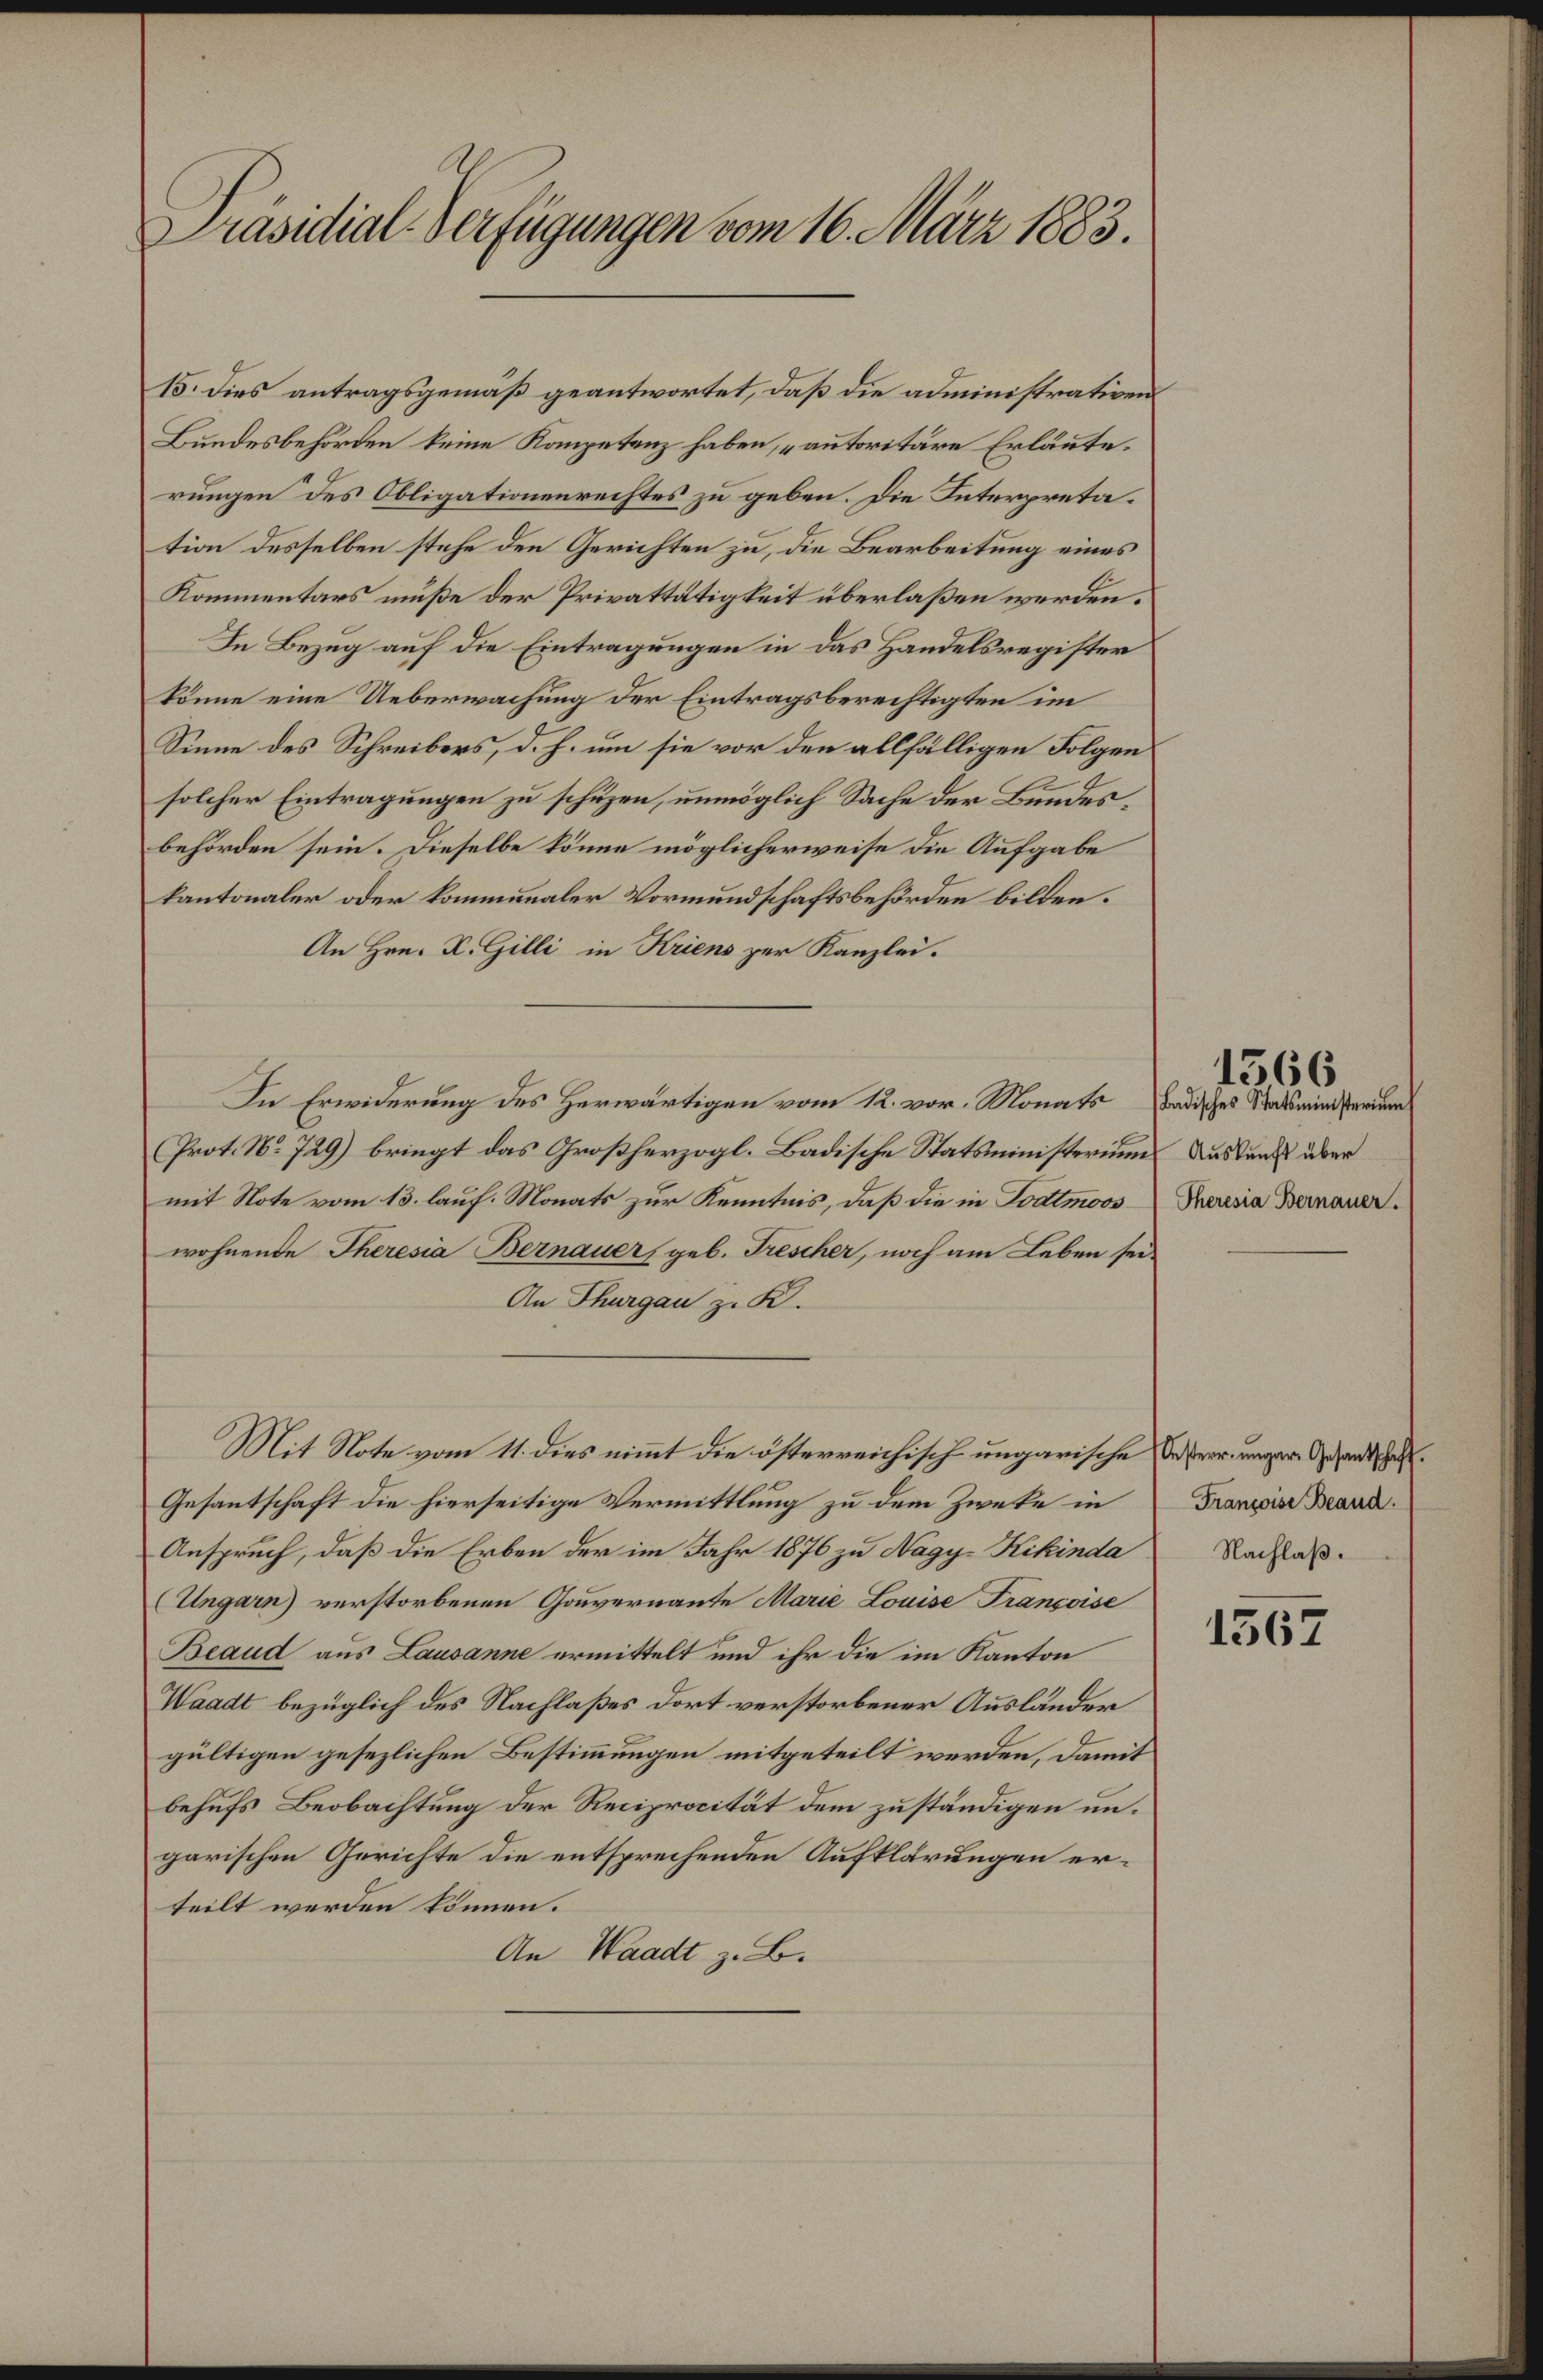
Präsidial-Verfügungen vom 16. März 1883.

15. dies antragsgemäß geantwortet, daß die administrativen
Bundesbehörden keine Kompetenz haben, „autoritäre Erläute.
rungen des Obligationenrechtes zu geben. Die Interpretation desselben stehe den Gerichten zu, die Bearbeitung eines
Kommentars müße der Privattätigkeit überlaßen werden.
In Bezug auf die Eintragungen in das Handelsregister
könne eine Ueberwachung der Eintragsberechtigten im
Sinne des Schreibers, d. h. um sie vor den allfälligen Folgen
solcher Eintragungen zu schützen, unmöglich Sache der Bundesbehörden sein. Dieselbe könne möglicherweise die Aufgabe
kantonaler oder kommunaler Vormundschaftsbehörden bilden.
An Hrn. K. Gilli in Kriens zur Kanzlei.
In Erwiderung des Herwärtigen vom 12. vor. Monats Badisches Statsministerium
Prot. No 729) bringt das Großherzogl. Badische Statsministeriums Ausdenk über
mit Note vom 13. lauf. Monats zur Kenntnis, daß die in Todtmoos
wohnende Theresia Bernauer geb. Frescher, noch am Leben sei¬
An Thurgau z. K.
Mit Note vom 11. dies nimmt die österreichisch ungarische Deser ungen Gesandtschaft.
Gesantschaft die hierseitige Vermittlung zu dem Zweke in
Anspruch, daß die Erben der im Jahr 1876 zu Nagy-Kikinda Nachlaß-
(Ungarn) verstorbenen Gouvernannte Marie Louise Françoise
Beaud aus Lausanne ermittelt und ihr die im Kanton
Waadt bezüglich des Nachlaßes dort verstorbener Ausländer
gültigen gesezlichen Bestimmungen mitgeteilt werden, damit
behufs Beobachtung der Reciprocität dem zuständigen ungarischen Gerichte die entsprechenden Aufklärungen erteilt werden können.
An Waadt z. B.

Theresia Bernauer.

1566

Françoise Beaud.

1567